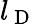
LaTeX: l_{\mathrm{~D~}}